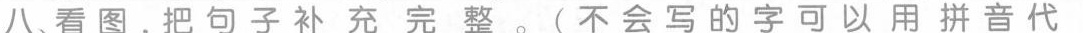
八、看图，把句子补充完整。(不会写的字可以用拼音代